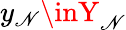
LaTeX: y_{\mathscr{N}}\inY_{\mathscr{N}}